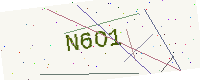
Text: N6O1